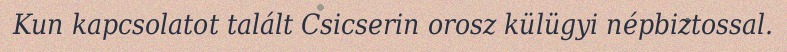
Kun kapcsolatot talált Csicserin orosz külügyi népbiztossal.